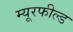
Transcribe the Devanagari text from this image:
म्यूरफील्ड